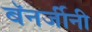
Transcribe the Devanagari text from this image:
बॅनर्जीनी